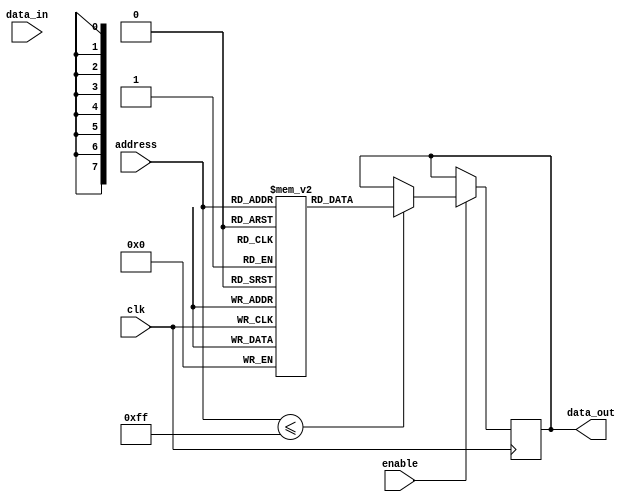
module ram(
    input wire clk,
    input wire enable,
    input wire [7:0] address,
    input wire [7:0] data_in,
    output reg [7:0] data_out
);

reg [7:0] memory [0:255];

always @(posedge clk) begin
    if(enable) begin
        if(address <= 255) begin
            if(enable == 1) begin
                data_out <= memory[address];
            end else begin
                memory[address] <= data_in;
            end
        end
    end
end

endmodule